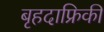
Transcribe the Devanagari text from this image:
बृहदाफ्रिकी